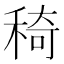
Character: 𥟏